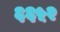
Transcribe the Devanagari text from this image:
६६५२